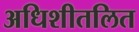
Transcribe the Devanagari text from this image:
अधिशीतलित